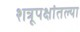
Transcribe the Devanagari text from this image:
शत्रूपक्षांतल्या